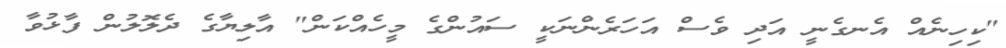
"ކިހިނެއް އެނގެނީ އަދި ވެސް އަހަރެންނަކީ ސައުންގެ މީހެއްކަން" އާލިޔާގެ ދެލޮލުން ފާޅުވާ